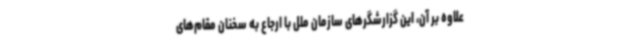
علاوه بر آن، این گزارشگرهای سازمان ملل با ارجاع به سخنان مقام‌های